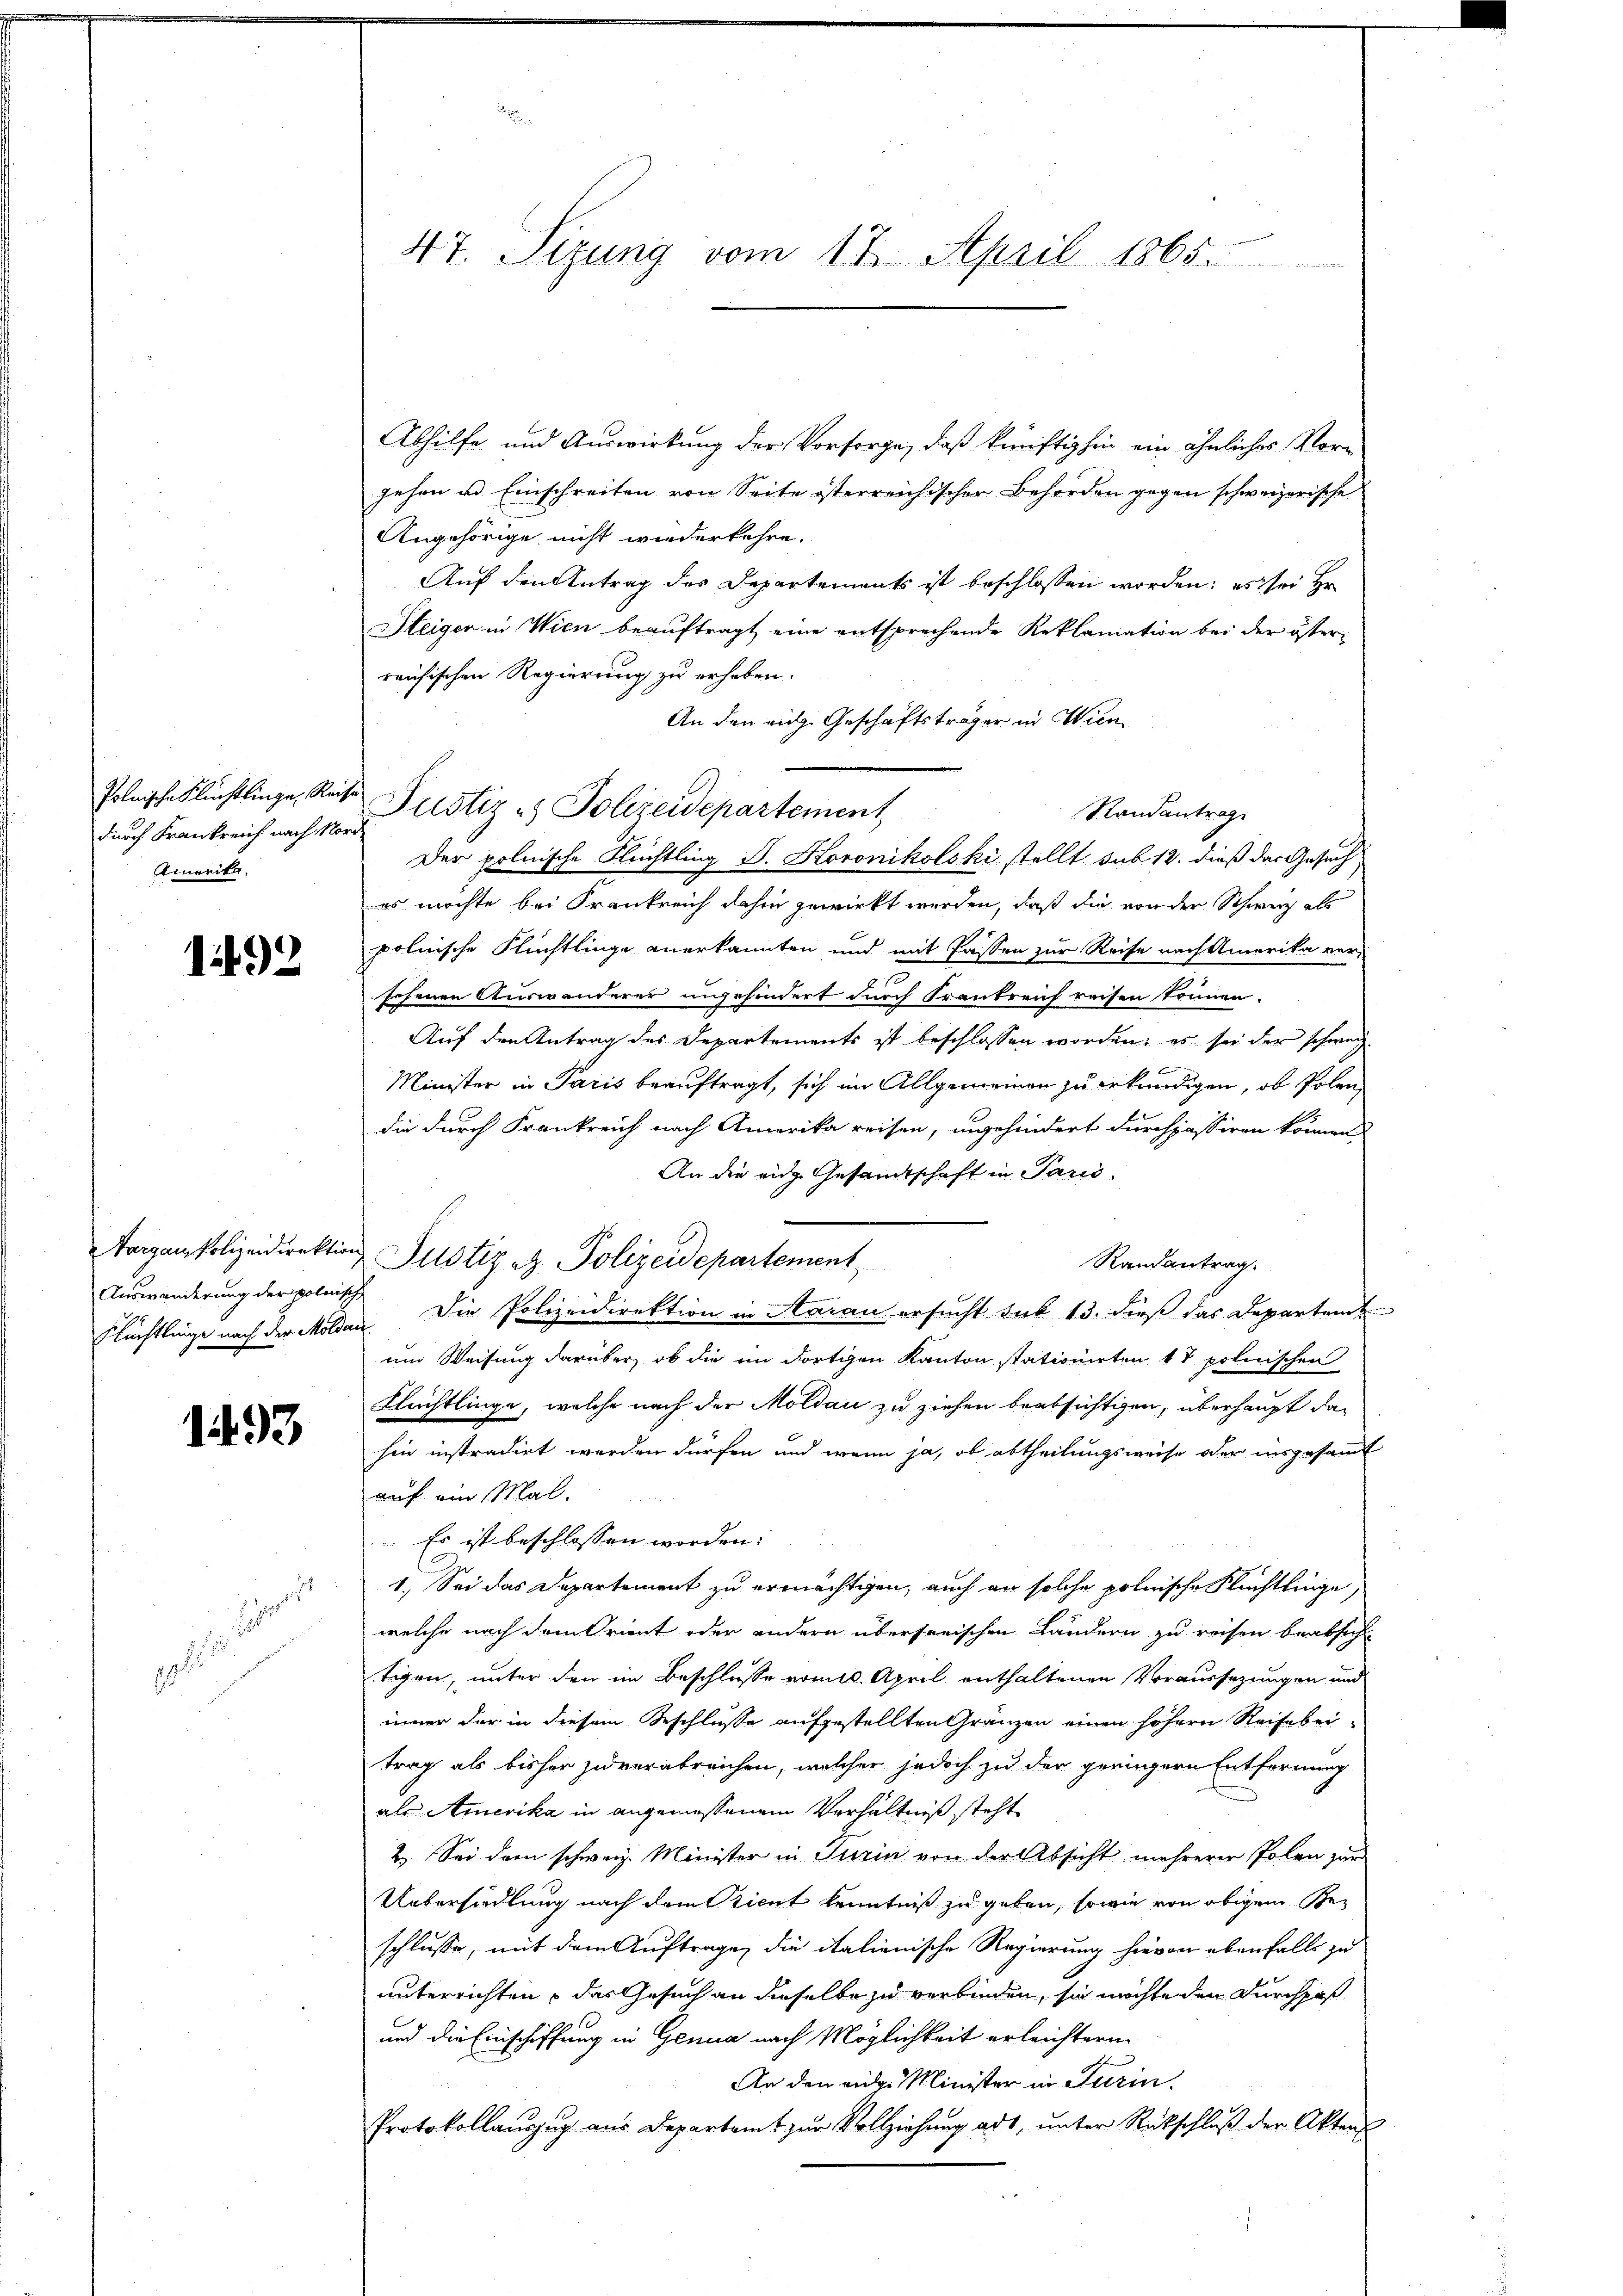
Polnische Flüchtlinge, Reise
durch Frankreich nach Nor
Amerika.

1492

Aargau, Polizeidirektion,
Auswanderung der polnisch

1493

1

47. Sizung vom 17. April 1865.

Abhilfe und Auswirkung der Vorsorge, daß künftighin ein ähnliches Vorgehen und Einschreiten von Seite österreichischer Behörden gegen schweizerische
Angehörige nicht wiederkehre.
Auf den Antrag des Departements ist beschlossen worden; es sei Hr
Heiger in Wien beauftragt eine entsprechende Reklamation bei der österreichischen Regierung zu erheben.
An den eige Geschäftsträger in Win¬
Der polnische Flüchtling. D. Koronikolski stellt sub 12. dieß das Gesuch,
es möchte bei Frankreich dahin gewirkt werden, daß die von der Schweiz als
polnische Flüchtlinge anerkannten und mit Passen zur Reise nach Amerika versehenen Auswanderer ungehindert durch Frankreich reisen können.
Auf den Antrag des Departements ist beschlossen worden, es sei der schweiz
Minister in Paris beauftragt, sich im Allgemeinen zu erkundigen, ob Polendie durch Frankreich nach Amerika reisen, ungehindert durchjassiren können
An die eidg. Gesandtschaft in Paris.
Randantrag
Flüchtlinge nach der Milden. Die Polizeidirektion in Aarau ersucht sub 13. dieß das Departent
um Weisung darüber, ob die im dortigen Kanton stationirten 4 & polnischen
Flüchtlinge, welche nach der Moldau zu ziehen beabsichtigen, überhaupt dahin instradirt werden dürfen und wenn ja, ob abtheilungsweise oder insgesamt
auf ein Mal.
Es ist beschlossen worden.
E
1.) Sei das Departement zu ermächtigen, auch an solche polnische Flüchtlinge,
welche nach dem Orient oder andern übersonischen Landern zu reisen beabsicht
tigen, unter den im Beschlusse vom 10. April enthaltenen Voraussezungen und
inner der in diesem Beschlüsse aufgestellten Gränzen einen höhern Reise beitrag als bisher zuverabreichen, welcher jedoch zu der geringern Entfernung
als Amerika in angemessenem Verhältniß steht
2. Sei dem schweiz. Minister in Turin von der Absicht mehrerer Polen zur
Uebersiedlung nach dem Bient Kenntniß zu geben, sowie von obigem Beschlusse, mit dem Auftrage, die italienische Regierung hievon ebenfalls zu
unterrichten, das Gesuch an dieselbe zu verbinden, sie möchte den Durchhof
und die Einschiffung in Genua nach Möglichkeit erleichtern
An den mit Minister in Turin
Protokollauszug aus Departamt zur Vollziehung adt, unter Rückschluß der Akten

Justiz - Polizeidepartement

Justiz u. Polizeidepartement

Randantrag